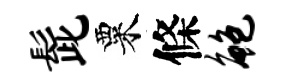
髭粟條鲍